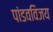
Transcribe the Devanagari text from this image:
पांडवविजय